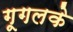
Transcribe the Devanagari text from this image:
गूगलके